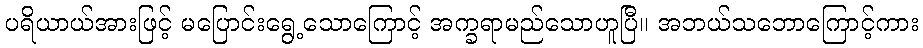
ပရိယာယ်အားဖြင့် မပြောင်းရွေ့သောကြောင့် အက္ခရာမည်သောဟူပြီ။ အဘယ်သဘောကြောင့်ကား